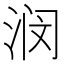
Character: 𫞗